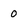
Character: 0